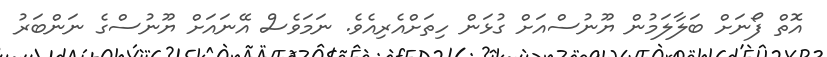
އޮތް ފޯނަށް ބަލާލަމުން ޔޫނުސްއަށް ގުޅަން ހިތަށްއެރިއެވެ. ނަމަވެސް އޭނައަށް ޔޫނުސްގެ ނަންބަރު